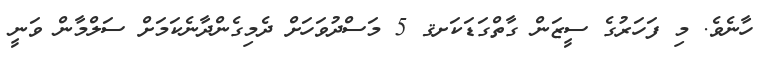
ހާނެވެ. މި ފަހަރުގެ ސީޒަން ގާތްގަޑަކަށޤ 5 މަސްދުވަހަށް ދެމިގެންދާނެކަމަށް ސަލްމާން ވަނީ